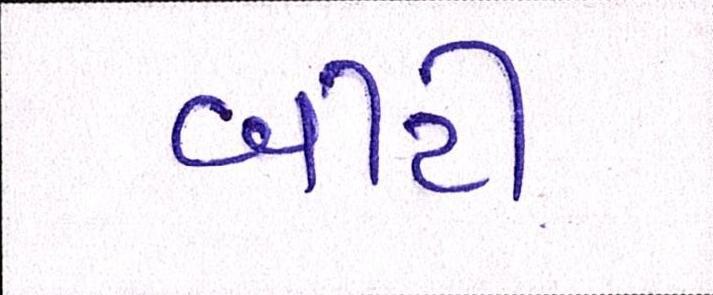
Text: બીટી